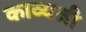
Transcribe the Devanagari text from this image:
काव्यश्री